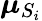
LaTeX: \boldsymbol{\mu}_{S_{i}}